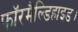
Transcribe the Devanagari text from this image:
फॉरमैल्डिहाइड।